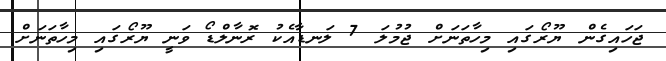
ޖަހައިގެން ޔޫރޯގައި މިހާތަނަށް ޖުމުލަ 7 ލަނޑާއެކު ރޮނާލްޑޯ ވަނީ ޔޫރޯގައި މިހާތަނަށް